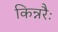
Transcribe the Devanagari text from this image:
किन्नरैः